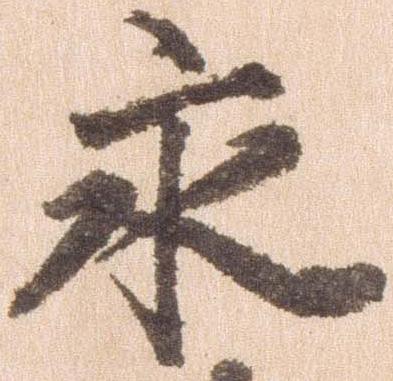
永